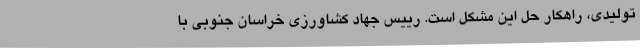
تولیدی، راهکار حل این مشکل است. رییس جهاد کشاورزی خراسان جنوبی با